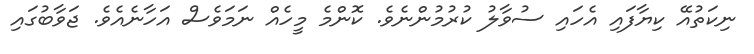
ނިކަތުއޭ ކިޔާފައި އެހައި ސުވާލު ކުރުމުންނެވެ. ކޮންމެ މީހެއް ނަމަވެސް އަހާނެއެވެ. ޖަވާބުގައި